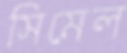
সিমেল